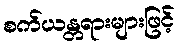
စက်ယန္တရားများဖြင့်